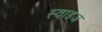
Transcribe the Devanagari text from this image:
स्वाडज